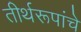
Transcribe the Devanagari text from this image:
तीर्थरूपांचे